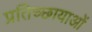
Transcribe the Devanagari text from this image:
प्रतिच्छायाओं